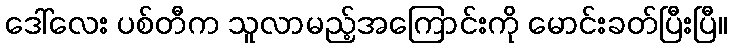
ဒေါ်လေး ပစ်တီက သူလာမည့်အကြောင်းကို မောင်းခတ်ပြီးပြီ။